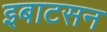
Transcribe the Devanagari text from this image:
इबाटसन